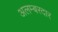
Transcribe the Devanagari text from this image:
अलम्बरदार